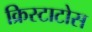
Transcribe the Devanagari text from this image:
क्रिस्टाटोस